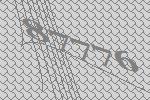
87776